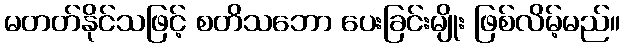
မတတ်နိုင်သဖြင့် စတိသဘော ပေးခြင်းမျိုး ဖြစ်လိမ့်မည်။